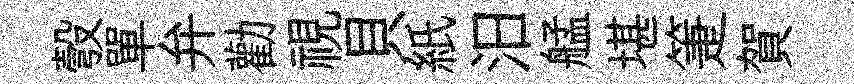
彀單弁勸視貝紙汨艋堪箑賀